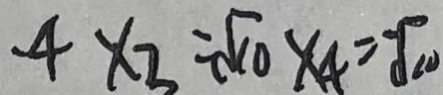
- 4 \times 3 = \sqrt { 1 0 } \times 4 = - \sqrt { 1 0 }